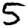
Digit: 5